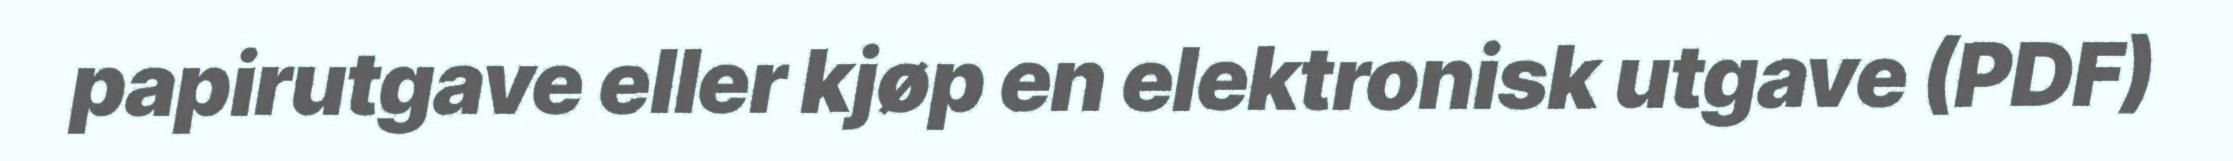
papirutgave eller kjøp en elektronisk utgave (PDF)